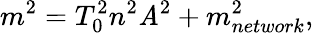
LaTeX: m^{2}=T_{0}^{2}n^{2}\mathit{A}^{2}+m_{network}^{2},